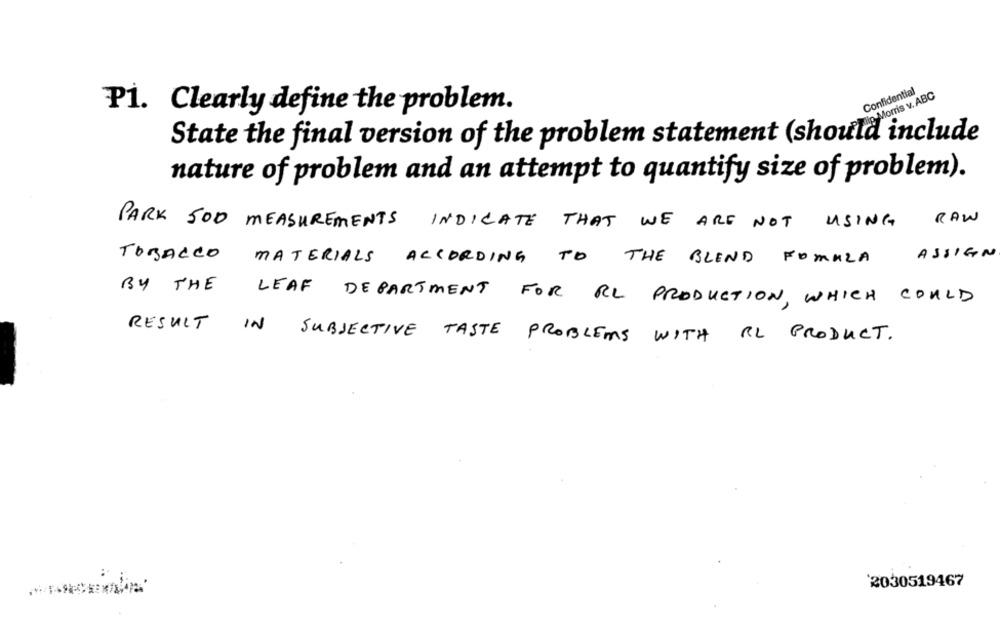
Confidential
tip Morris v. ABC
P1. Clearly define the problem.
State the final version of the problem statement (should include
nature of problem and an attempt to quantify size of problem).
RAW
PARK 500 MEASUREMENTS INDICATE THAT WE ARE NOT USING
TOBACCO
ASSIGN
MATERIALS ACCORDING TO THE BLEND FOMULA
BY THE LEAF DEPARTMENT FOR RL PRODUCTION, WHICH COULD
RESULT IN SUBJECTIVE TASTE PROBLEMS WITH IL PRODUCT.
2030519467